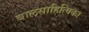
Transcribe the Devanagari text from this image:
बालसाहित्यिका